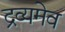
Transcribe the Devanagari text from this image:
द्रव्यमेव